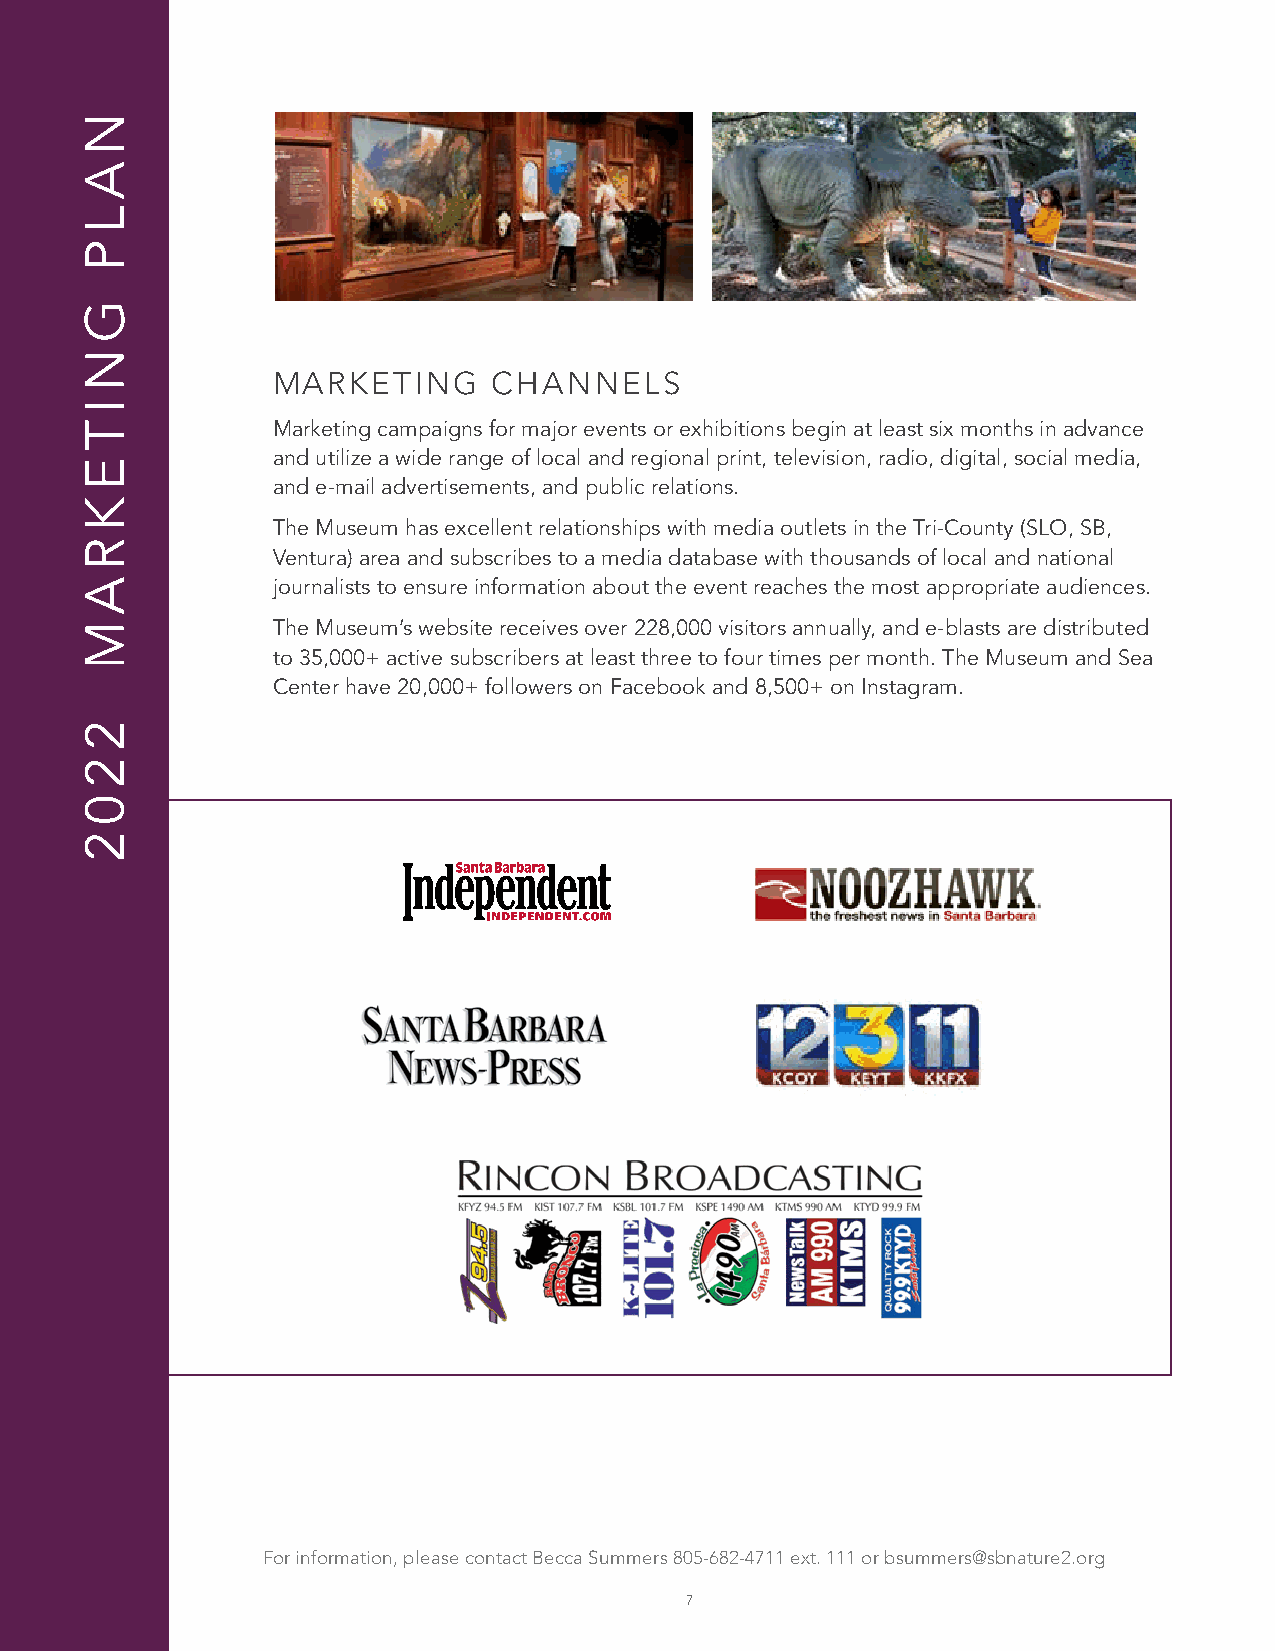
MARKETING      CHANNELS
 Marketing campaigns for major events or exhibitions begin at least six months in advance
 and utilize a wide range of local and regional print, television, radio, digital, social media,
 and e-mail advertisements, and public relations.
 The Museum has excellent relationships with media outlets in the Tri-County (SLO, SB,
 Ventura) area and subscribes to a media database with thousands of local and national
 journalists to ensure information about the event reaches the most appropriate audiences.
 The Museum’s website receives over 228,000 visitors annually, and e-blasts are distributed
 to 35,000+ active subscribers at least three to four times per month. The Museum and Sea
 Center have 20,000+ followers on Facebook and 8,500+ on Instagram.
 For information, please contact Becca Summers 805-682-4711 ext. 111 or bsummers@sbnature2.org
 7
 N
 A
 L
 P
 G
 N
 I
 T
 E
 K
 R
 A
 M
 2
 2
 0
 2